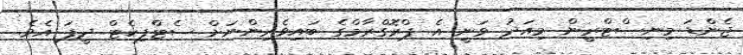
ޖެންޑަ މިނިސްޓްރީން މިއަދު ވަނީ އެ ޕްރޮގްރާމްގެ ބައިވެރިންނަށް ސެޓްފިކެޓް ދީފަ އެވެ.